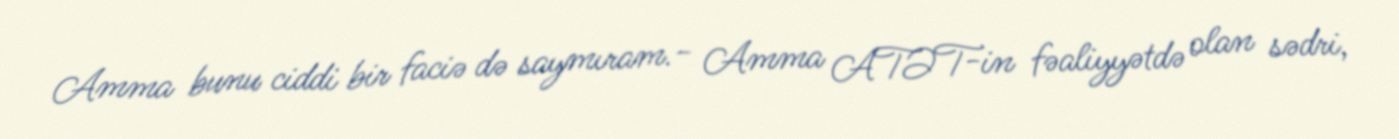
Amma bunu ciddi bir faciə də saymıram.- Amma ATƏT-in fəaliyyətdə olan sədri,